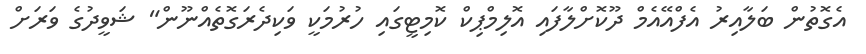
އެގޮތުން ބަލާއިރު އެފްއޭއެމް ދޫކޮށްލާފައި އޮލިމްޕިކް ކޮމިޓީގައި ހުރުމަކީ ވަކިދެރަގޮތެއްނޫން" ޝަވީދުގެ ވަރަށް